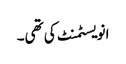
انویسٹمنٹ کی تھی۔